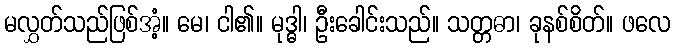
မလွှတ်သည်ဖြစ်အံ့။ မေ၊ ငါ၏။ မုဒ္ဓါ၊ ဦးခေါင်းသည်။ သတ္တဓာ၊ ခုနစ်စိတ်။ ဖလေ